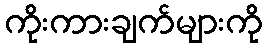
ကိုးကားချက်များကို